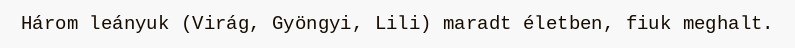
Három leányuk (Virág, Gyöngyi, Lili) maradt életben, fiuk meghalt.